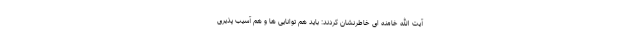
آیت الله خامنه ای خاطرنشان کردند: باید هم توانایی ها و هم آسیب پذیری